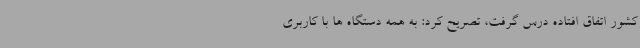
کشور اتفاق افتاده درس گرفت، تصریح کرد: به همه دستگاه ها با کاربری